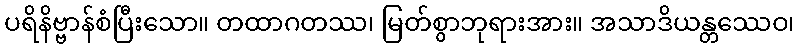
ပရိနိဗ္ဗာန်စံပြီးသော။ တထာဂတဿ၊ မြတ်စွာဘုရားအား။ အသာဒိယန္တဿေဝ၊